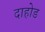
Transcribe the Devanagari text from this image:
दाहोड